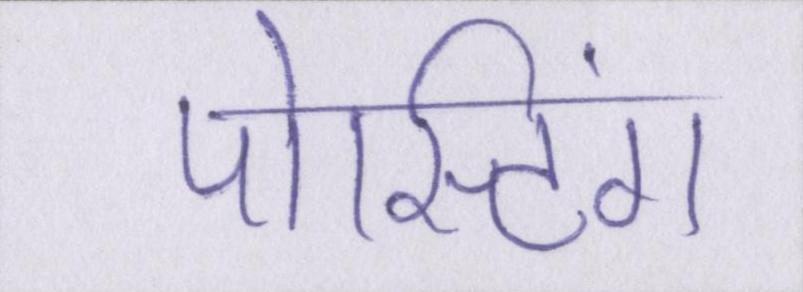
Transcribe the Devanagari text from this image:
पोस्टिंग